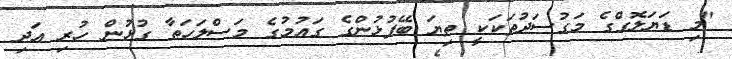
"މި ޑަޔަލޮގްގެ މަގުސަދުތަކަކީ ތިޔަ ބޭފުޅުންގެ ގައުމުގެ މަސްލަހަތާ ގުޅުން ހުރި އަދި